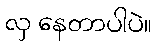
လှ နေတာပါပဲ။